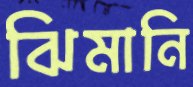
ঝিমানি